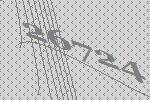
26724